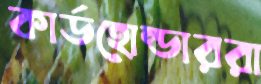
কার্ডহোল্ডাররা